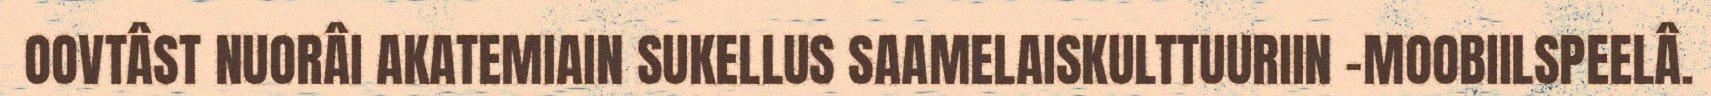
OOVTÂST NUORÂI AKATEMIAIN SUKELLUS SAAMELAISKULTTUURIIN –MOOBIILSPEELÂ.